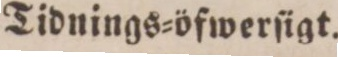
Tidnings=öfwerſigt.